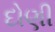
દોણી